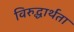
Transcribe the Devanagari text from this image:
विरुद्धार्थता